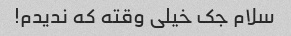
سلام جک خیلی وقته که ندیدم!